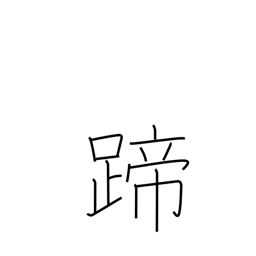
Meaning: hoof